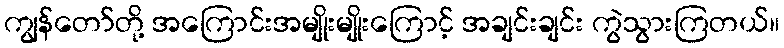
ကျွန်တော်တို့ အကြောင်းအမျိုးမျိုးကြောင့် အချင်းချင်း ကွဲသွားကြတယ်။